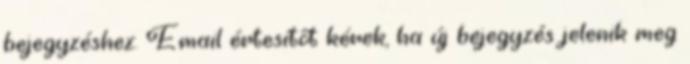
bejegyzéshez. Email értesítőt kérek, ha új bejegyzés jelenik meg